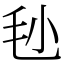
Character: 毜